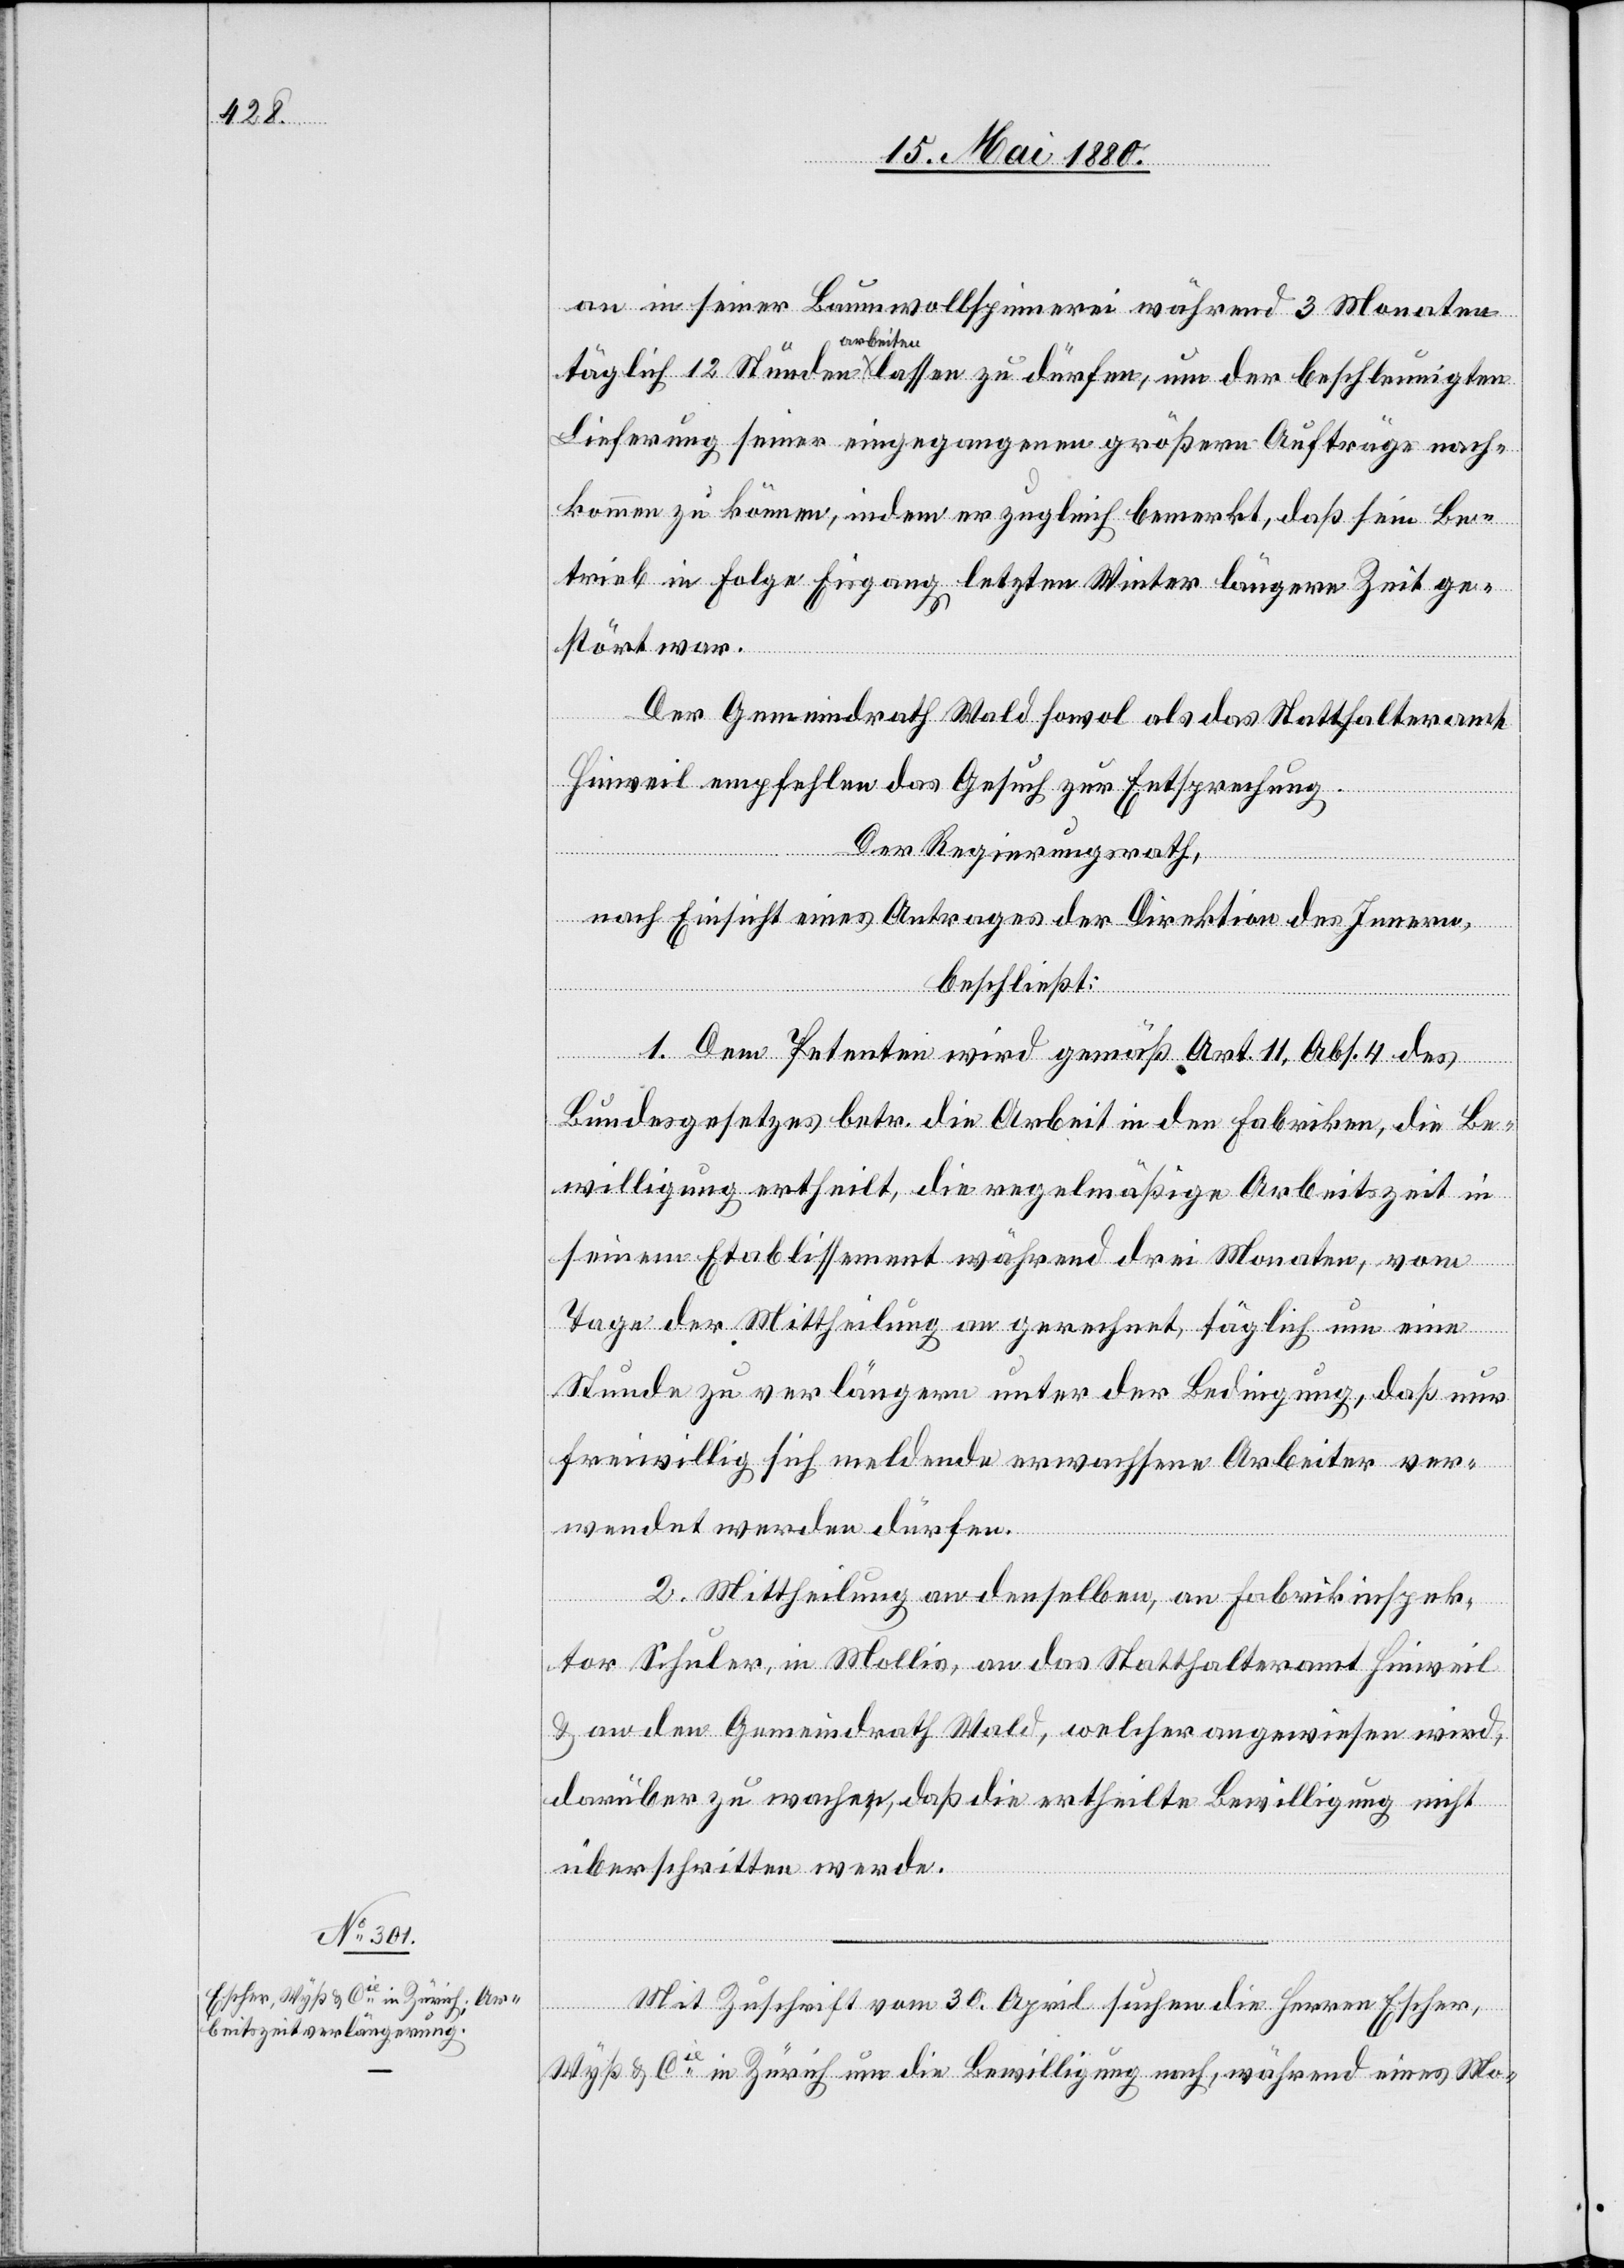
an in seiner Baumwollspinnerei während 3 Monaten
arbeiten
Lieferung seiner eingegangenen größern Aufträge nach¬
kommen zu können, indem er zugleich bemerkt, daß sein Be¬
trieb in Folge Eisgangs letzten Winter längere Zeit ge¬
stört war.
Der Gemeindrath Wald sowol als das Statthalteramt
Hinweil empfehlen das Gesuch zur Entsprechung.
Der Regierungsrath,
nach Einsicht eines Antrages der Direktion des Innern,
beschließt:
1. Dem Petenten wird gemäß Art. 11, Abs. 4 des
Bundesgesetzes betr. die Arbeit in den Fabriken, die Ge¬
nehmigung ertheilt, die regelmäßige Arbeitszeit in
seinem Etablissement während drei Monaten, vom
Tage der Mittheilung an gerechnet, täglich um eine
Stunde zu verlängern unter der Bedingung, daß nur
freiwillig sich meldende erwachsene Arbeiter ver¬
wendet werden dürfen.
2. Mittheilung an denselben, an Fabrikinspek¬
tor Schuler, in Mollis, an das Statthalteramt Hinweil
& an den Gemeindrath Wald, welcher angewiesen wird,
darüber zu wachen, daß die ertheilte Bewilligung nicht
überschritten werde.
Mit Zuschrift vom 30. April suchen die Herren Escher,
Wyß & Cie in Zürich um die Bewilligung nach, während eines Mo-